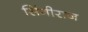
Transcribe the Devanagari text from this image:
सिंगीराज